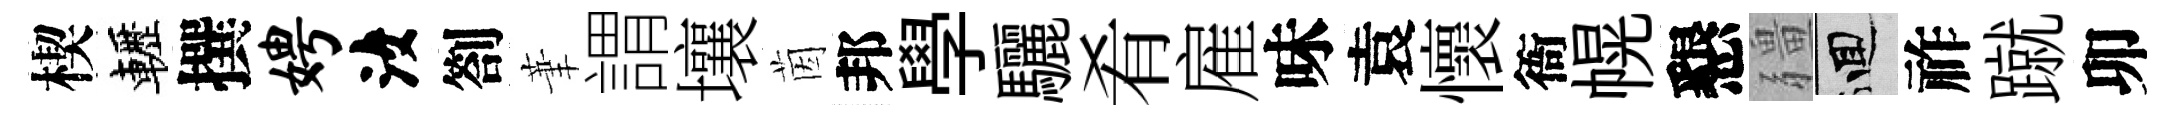
楔轣撰娉汝劄茟謂壤茵邦學驪肴雇味袁懷衙幌懇疆回祚蹴卯